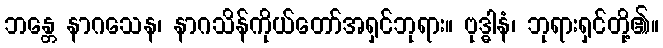
ဘန္တေ နာဂသေန၊ နာဂသိန်ကိုယ်တော်အရှင်ဘုရား။ ဗုဒ္ဓါနံ၊ ဘုရားရှင်တို့၏။